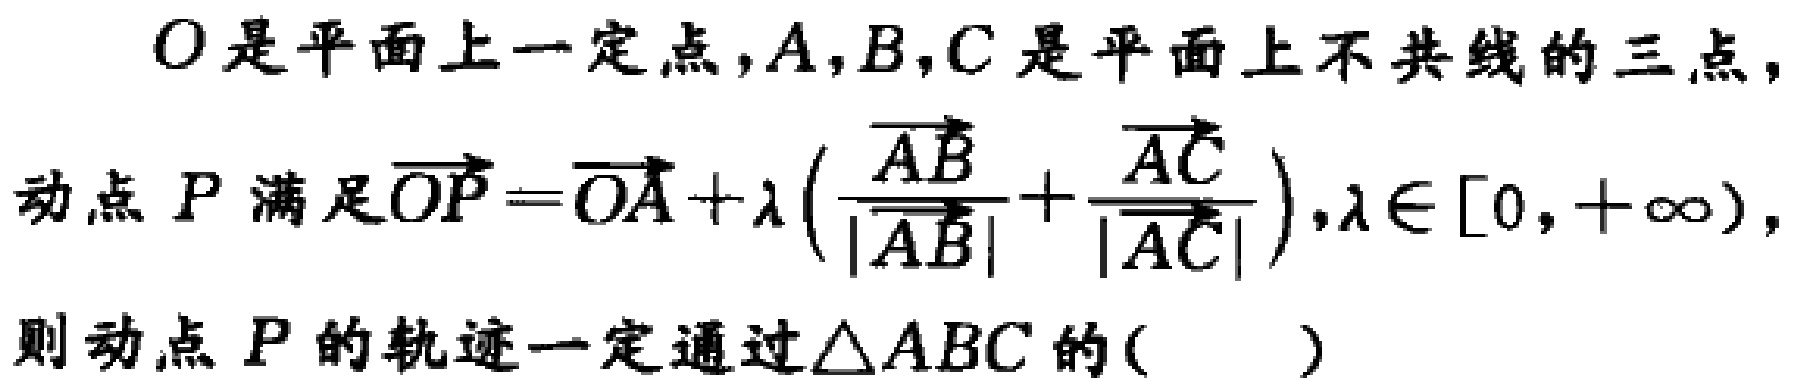
$O是平面上一定点，A，B，C是平面上不共线的三点，$
$动点P满足\overrightarrow{OP}=\overrightarrow{OA}+\lambda \left(\frac{\overrightarrow{AB}}{|\overrightarrow{AB}|}+\frac{\overrightarrow{AC}}{|\overrightarrow{AC}|}\right),\lambda\in[0,+\infty),$
$则动点P的轨迹一定通过\triangle ABC的( )$